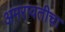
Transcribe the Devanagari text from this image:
अमरावतीचा